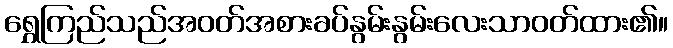
ရွှေကြည်သည်အဝတ်အစားခပ်နွမ်းနွမ်းလေးသာဝတ်ထား၏။